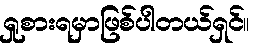
ရှုစားရမှာဖြစ်ပါတယ်ရှင်။